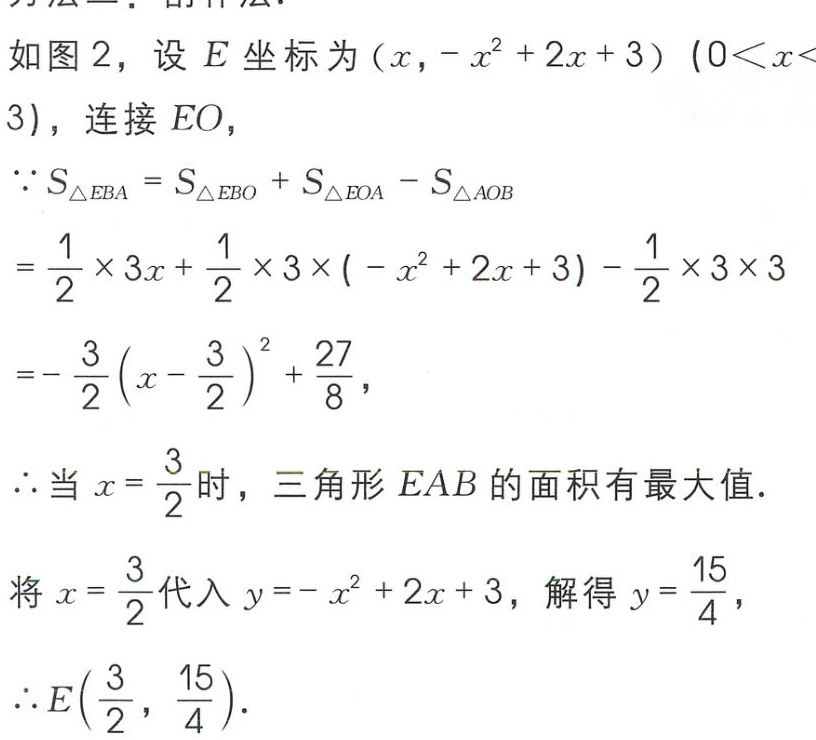
如图 2，设 \(E\) 坐标为 \((x,-x^{2}+2x + 3)\ (0<x<3)\)，连接 \(EO\)，
\(\because S_{\triangle EBA}=S_{\triangle EBO}+S_{\triangle EOA}-S_{\triangle AOB}\)
\(=\frac{1}{2}\times 3x+\frac{1}{2}\times 3\times(-x^{2}+2x + 3)-\frac{1}{2}\times 3\times 3\)
\(=-\frac{3}{2}(x - \frac{3}{2})^{2}+\frac{27}{8}\)，
\(\therefore\) 当 \(x = \frac{3}{2}\) 时，三角形 \(EAB\) 的面积有最大值.
\(\therefore\) 将 \(x = \frac{3}{2}\) 代入 \(y=-x^{2}+2x + 3\)，解得 \(y = \frac{15}{4}\)，
\(\therefore E(\frac{3}{2},\frac{15}{4})\).